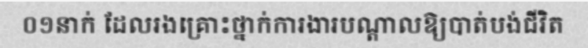
០១នាក់ ដែលរងគ្រោះថ្នាក់ការងារបណ្តាលឱ្យបាត់បង់ជីវិត